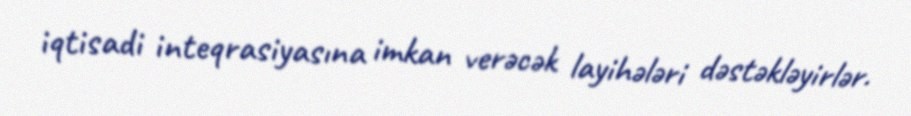
iqtisadi inteqrasiyasına imkan verəcək layihələri dəstəkləyirlər.